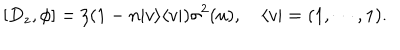
LaTeX: [ D _ { z } , \phi ] = \zeta ( 1 - n | v \rangle \langle v | ) \sigma ^ { 2 } ( u ) , \quad \langle v | = ( 1 , \cdots , 1 ) .